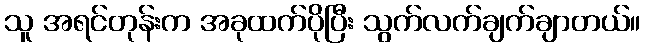
သူ အရင်တုန်းက အခုထက်ပိုပြီး သွက်လက်ချက်ချာတယ်။